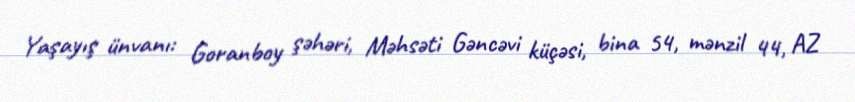
Yaşayış ünvanı: Goranboy şəhəri, Məhsəti Gəncəvi küçəsi, bina 54, mənzil 44, AZ